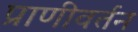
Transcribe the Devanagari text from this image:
प्राणीवर्तन